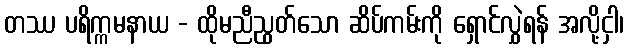
တဿ ပရိက္ကမနာယ - ထိုမညီညွတ်သော ဆိပ်ကမ်းကို ရှောင်လွှဲရန် အလို့ငှါ၊